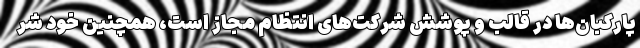
پارکبان‌ها در قالب و پوشش شرکت‌های انتظام مجاز است، همچنین خود شر